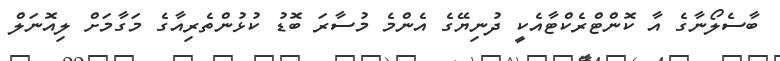
ބާސެލޯނާގެ އާ ކޮންޓްރެކްޓާއެކީ ދުނިޔޭގެ އެންމެ މުސާރަ ބޮޑު ކުޅުންތެރިއާގެ މަގާމަށް ލިއޮނަލް